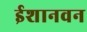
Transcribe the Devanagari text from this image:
ईशानवन